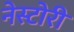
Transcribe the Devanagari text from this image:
नेस्टोरी